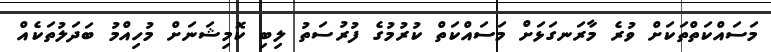
މަަސައްކަތްތަކަށް ވުރެ މާރަނގަޅަށް މަސައްކަތް ކުރުމުގެ ފުރުސަތު ލިބި ކޮމިޝަނަށް މުހިއްމު ބަދަލުތަކެއް